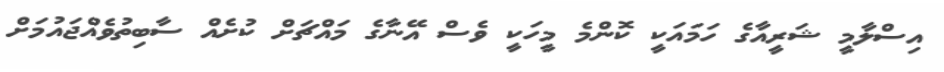
އިސްލާމީ ޝަރީއާގެ ހަމައަކީ ކޮންމެ މީހަކީ ވެސް އޭނާގެ މައްޗަށް ކުށެއް ސާބިތުވެއްޖައުމަށް